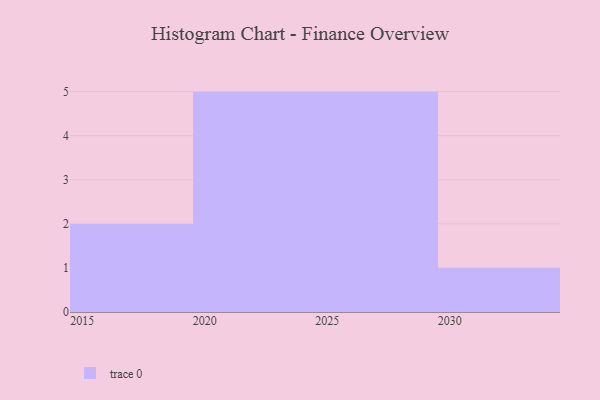
{"axis": {"x": "Year", "y": "Operating Costs (USD K)"}, "legend": [""], "data": [{"x": "2018", "y": 65, "type": ""}, {"x": "2028", "y": 46, "type": ""}, {"x": "2020", "y": 40, "type": ""}, {"x": "2025", "y": 51, "type": ""}, {"x": "2024", "y": 25, "type": ""}, {"x": "2021", "y": 43, "type": ""}, {"x": "2029", "y": 31, "type": ""}, {"x": "2030", "y": 76, "type": ""}, {"x": "2022", "y": 31, "type": ""}, {"x": "2015", "y": 98, "type": ""}, {"x": "2026", "y": 97, "type": ""}, {"x": "2023", "y": 6, "type": ""}, {"x": "2027", "y": 73, "type": ""}]}